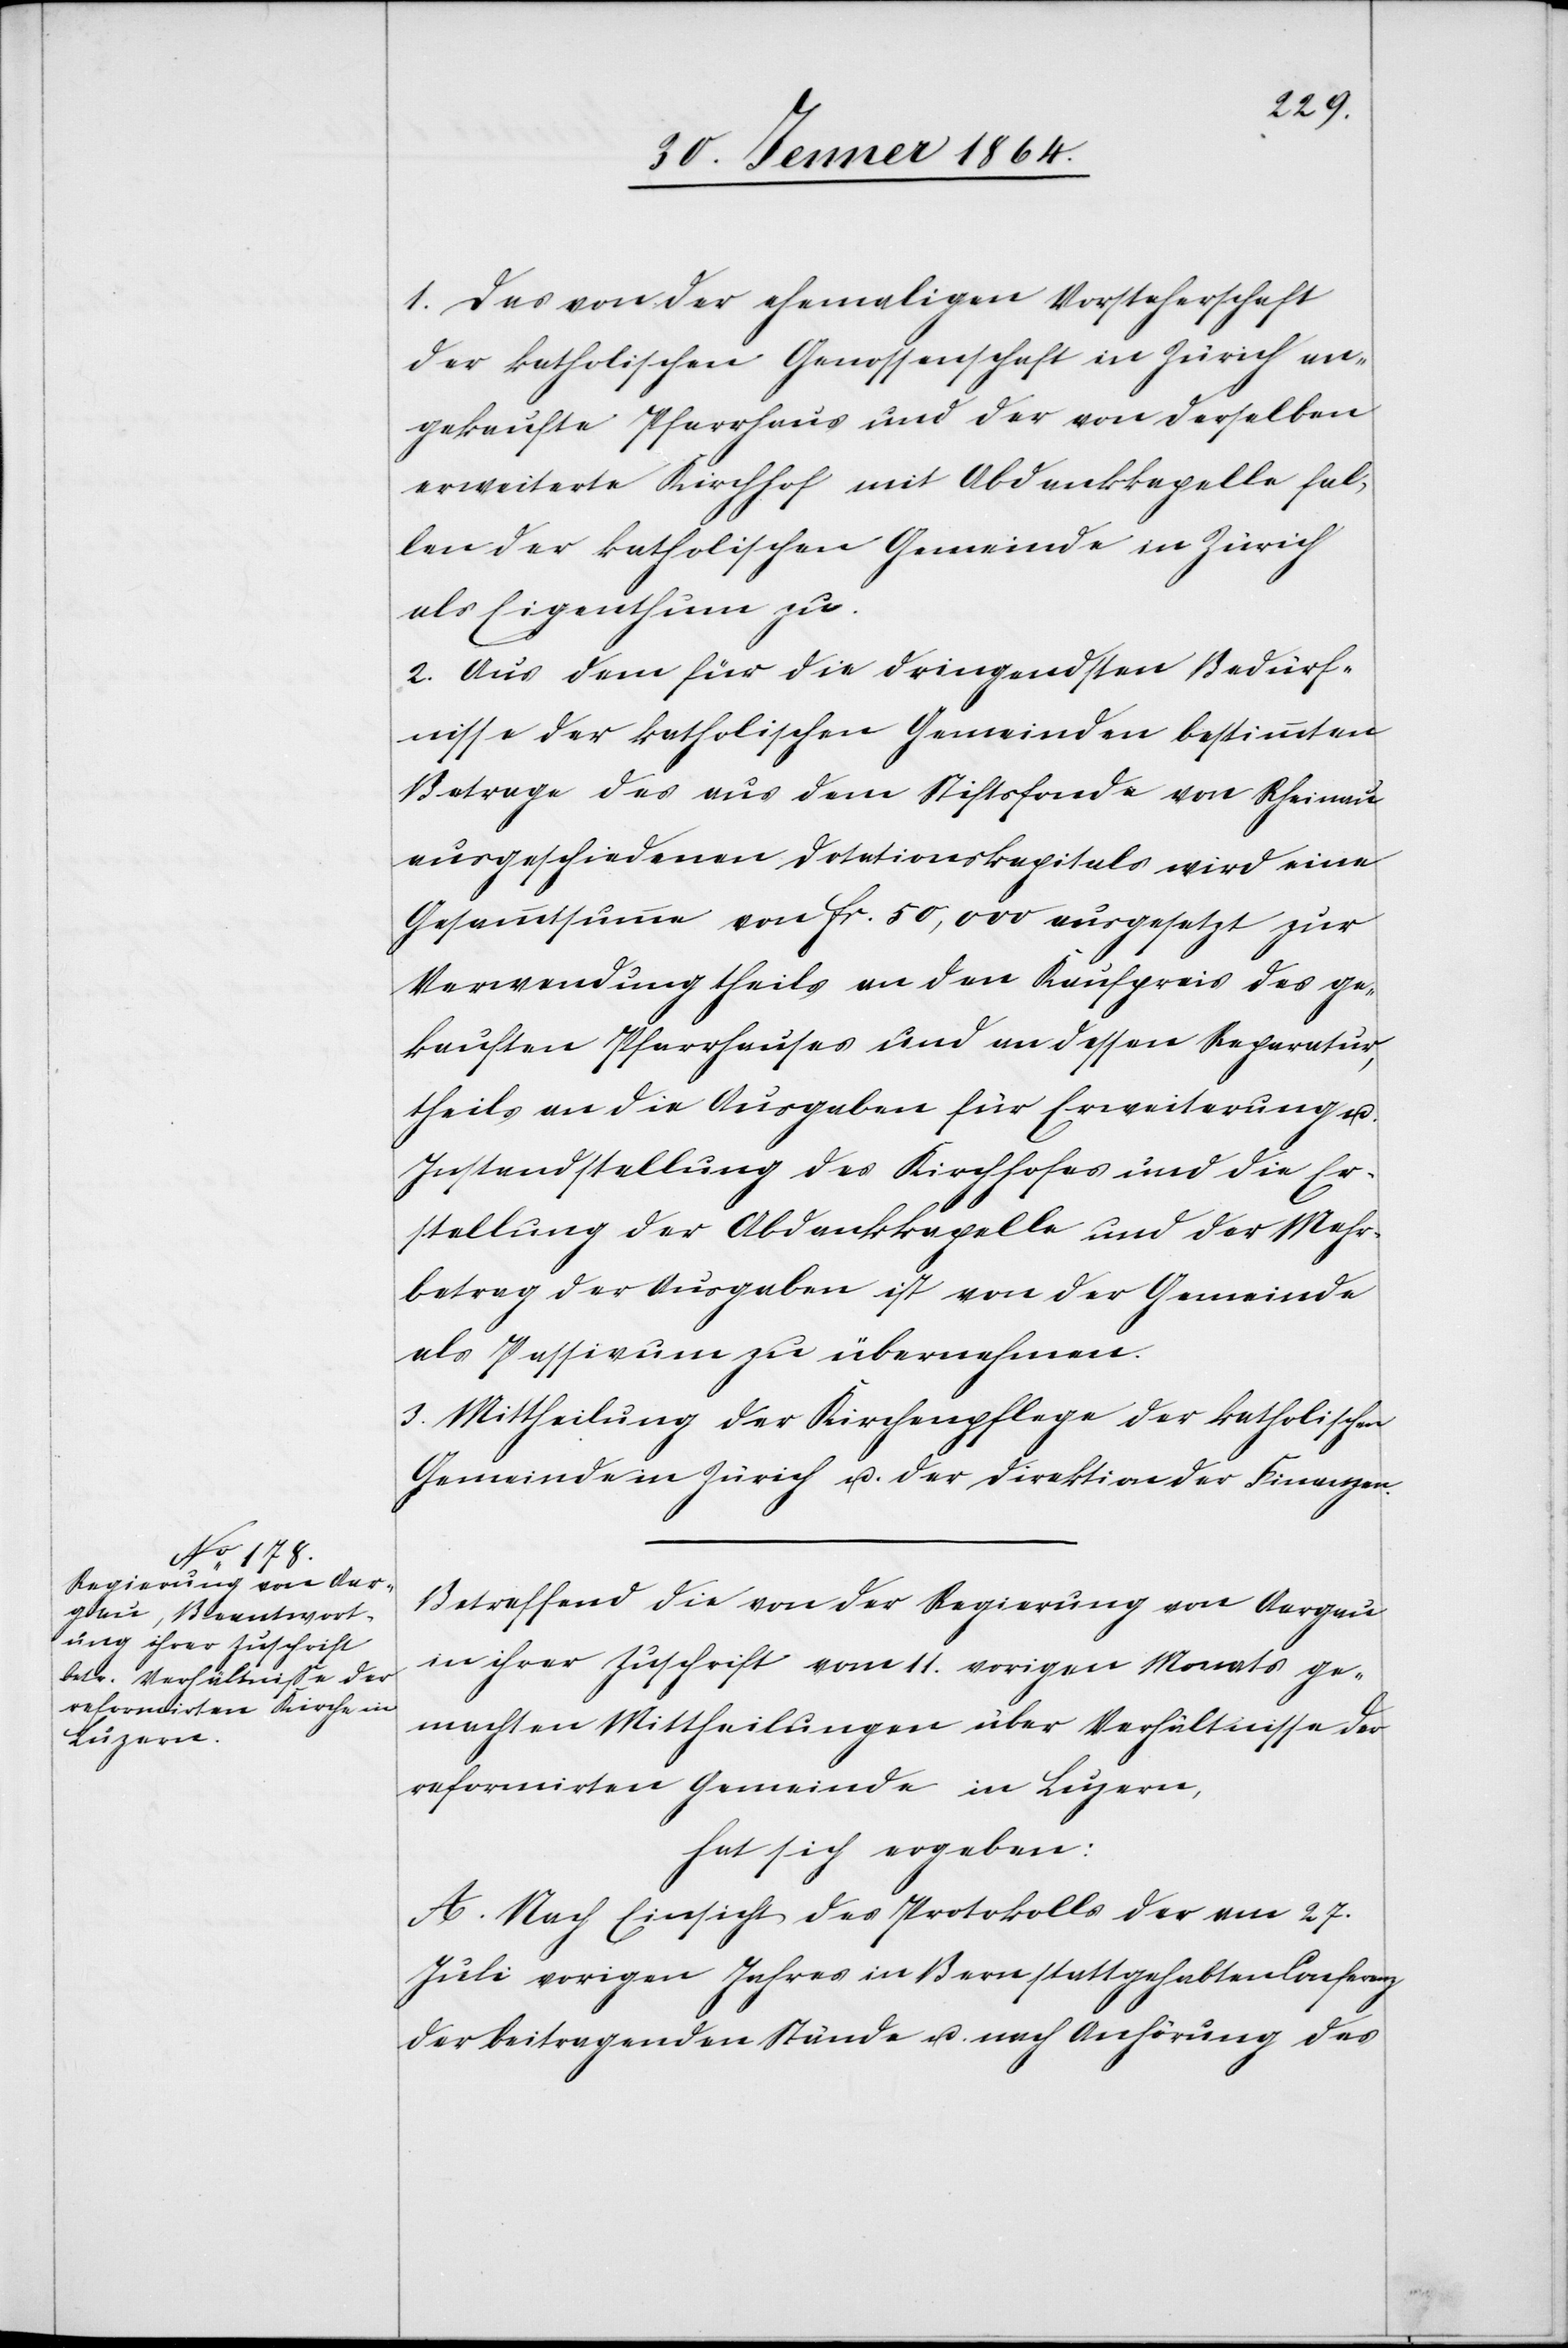
1. Das von der ehemaligen Vorsteherschaft
der katholischen Genossenschaft in Zürich an¬
gekaufte Pfarrhaus und der von derselben
erweiterte Kirchhof mit Abdankkapelle fal¬
len der katholischen Gemeinde in Zürich
als Eigenthum zu.
2. Aus dem für die dringendsten Bedürf¬
nisse der katholischen Gemeinden bestimmten
Betrage des aus dem Stiftsfonds von Rheinau
ausgeschiedenen Dotationskapitals wird eine
Gesammtsumme von fr. 50,000 ausgesetzt zur
Verwendung theils an den Kaufpreis des ge¬
kauften Pfarrhauses und an dessen Reparatur,
theils an die Ausgaben für Erweiterung u.
Instandstellung des Kirchhofes und die Er¬
stellung der Abdankkapelle und der Mehr¬
betrag der Ausgaben ist von der Gemeinde
als Passivum zu übernehmen.
3. Mittheilung der Kirchenpflege der katholischen
Gemeinde in Zürich u. der Direktion der Finanzen.
Betreffend die von der Regierung von Aargau
in ihrer Zuschrift vom 11. vorigen Monats ge¬
machten Mittheilungen über Verhältnisse der
reformirten Gemeinde in Luzern
hat sich ergeben:
A. Nach Einsicht des Protokolls der am 27.
Juli vorigen Jahres in Bern stattgehabten Conferenz
der beitragenden Stände u. nach Anhörung des